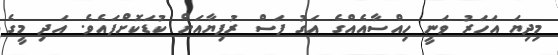
މިދިޔަ އަހަރު ވަނީ ހިއްސާއެއްގެ އަގު ފަސް ރުފިޔާއަށް ކުޑަކޮށްފައެވެ. އަދި މީގެ